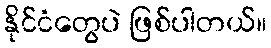
နိုင်ငံတွေပဲ ဖြစ်ပါတယ်။